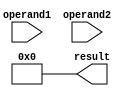
module CarrySaveMultiplier(
  input wire [31:0] operand1,
  input wire [31:0] operand2,
  output wire [63:0] result
);

wire [31:0] partial_products [31:0]; // Array to store partial products
wire [63:0] accumulator; // Accumulator for partial product accumulation

// Generate partial products using shift and add method
genvar i, j;
generate
  for (i = 0; i < 32; i=i+1) begin
    assign partial_products[i] = {operand2[i], {i-1{1'b0}}}; // Shift operand2 by 'i' bits
    for (j = 0; j < i; j=j+1) begin
      assign partial_products[i] = partial_products[i] + partial_products[i-1]; // Add previous partial product
    end
  end
endgenerate

// Accumulate partial products using carry-save adders
assign accumulator = {partial_products[0], 64'h0};
generate
  for (i = 1; i < 32; i=i+1) begin
    assign accumulator = accumulator + {partial_products[i], 32'h0}; // Add partial product to accumulator
  end
endgenerate

// Calculate final product by discarding redundant bits
assign result = accumulator >> 32;

endmodule